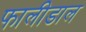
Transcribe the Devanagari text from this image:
फालीडाल